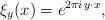
LaTeX: \begin{align*} \xi_y(x) = e^{2 \pi i \, y \cdot x},\end{align*}